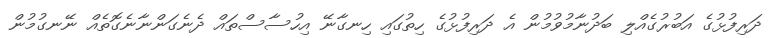
ދަރިފުޅުގެ އަބުރުގެއްލި ބަދުނާމުވުމުން އެ ދަރިފުޅުގެ ހިތުގައި ހިނގާނޭ އިހުސާސްތައް ދެނެގަންނާނެގޮތެއް ނޭނގުމުން